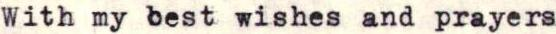
With my best wishes and prayers